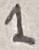
Text: 1